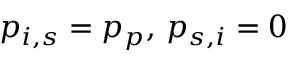
p _ { i , s } = p _ { p } , \, p _ { s , i } = 0